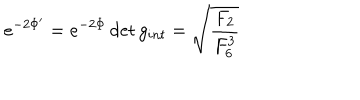
LaTeX: e ^ { - 2 \Phi ^ { \prime } } = { e ^ { - 2 \Phi } \det g _ { i n t } } = \sqrt { { \frac { F _ { 2 } } { F _ { 6 } ^ { 3 } } } }